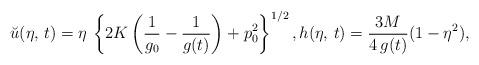
LaTeX: \begin{align*}\breve u(\eta,\,t)=\eta\,\left\{2K\left(\dfrac{1}{g_0}-\dfrac{1}{g(t)}\right)+p_0^2\right\}^{1/2},h(\eta,\,t)=\dfrac{3M}{4\,g(t)}(1-\eta^2),\end{align*}